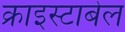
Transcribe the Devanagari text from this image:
क्राइस्टाबेल